system: You are a helpful assistant.
user:
Analyze the provided spectrum to determine if it is a **"Cataclysmic Variables (CV)"**.

- **Key Indicators for CV (Check for either state):**
    - **State 1: Quiescent / Low-State (Emission-Dominated)**
        - **(Primary):** Strong and *very broad* Hydrogen Balmer emission lines (e.g., $H\alpha$ at 6563 Å, $H\beta$ at 4861 Å). The 'broadness' (high velocity dispersion, often FWHM > 1000 km/s) is the key diagnostic, indicating a high-velocity accretion disk.
        - **(Secondary):** Broad neutral Helium (He I) emission lines (e.g., 5876 Å, 6678 Å).
        - **(Key Confirmation):** Presence of high-excitation *ionized* Helium (He II) emission at 4686 Å. This is a strong indicator of accretion onto a white dwarf.
        - **(Line Profile):** Emission lines may exhibit a 'double-peaked' profile, which is a classic signature of a rotating accretion disk viewed at high inclination.

    - **State 2: Outburst / High-State (Absorption-Dominated)**
        - **(Primary):** Spectrum is dominated by a bright, blue continuum (looks like a hot star).
        - **(Secondary):** The emission lines from State 1 are weak, absent, or 'filled in', and are replaced by broad, shallow *absorption* lines (primarily Balmer and He I).
        - **(Morphology):** The overall spectrum mimics a hot B/A-type star. The crucial difference is that the absorption lines are significantly broader, shallower, and more 'washed-out' (or 'smeared') than the sharp lines of a normal stellar photosphere, due to high rotational speeds and pressure broadening in the disk.

Think first, call **spectral_visualization_tool** if needed to examine features in detail, then provide your final answer. Your response must adhere to the following strict rules:
1.  **Overall Structure:** Your response must follow the format `<think>...</think> <tool_call>...</tool_call> (if a tool is used) <answer>...</answer>`.
2.  **Tool Usage Constraint:** You may only make **one** tool call per turn.
3.  **Final Answer Format:** In the `<answer>` tag, your conclusion must be inside a `\boxed{}` command (e.g., `\boxed{YES}`), followed by your justification.

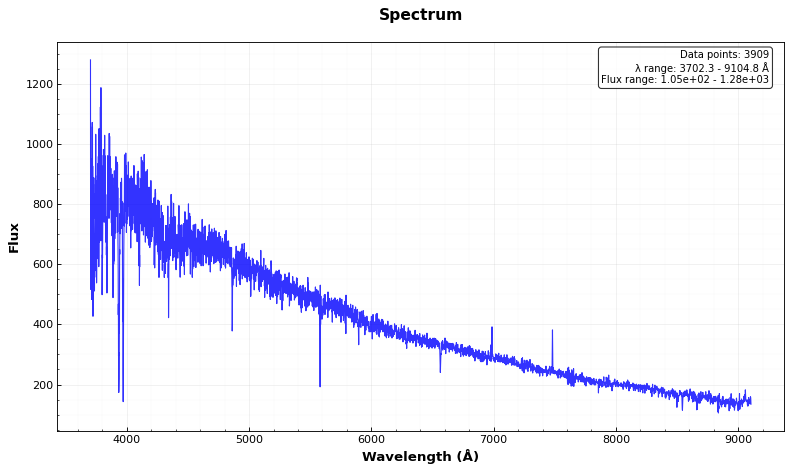
Answer: NO